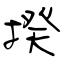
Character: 揆